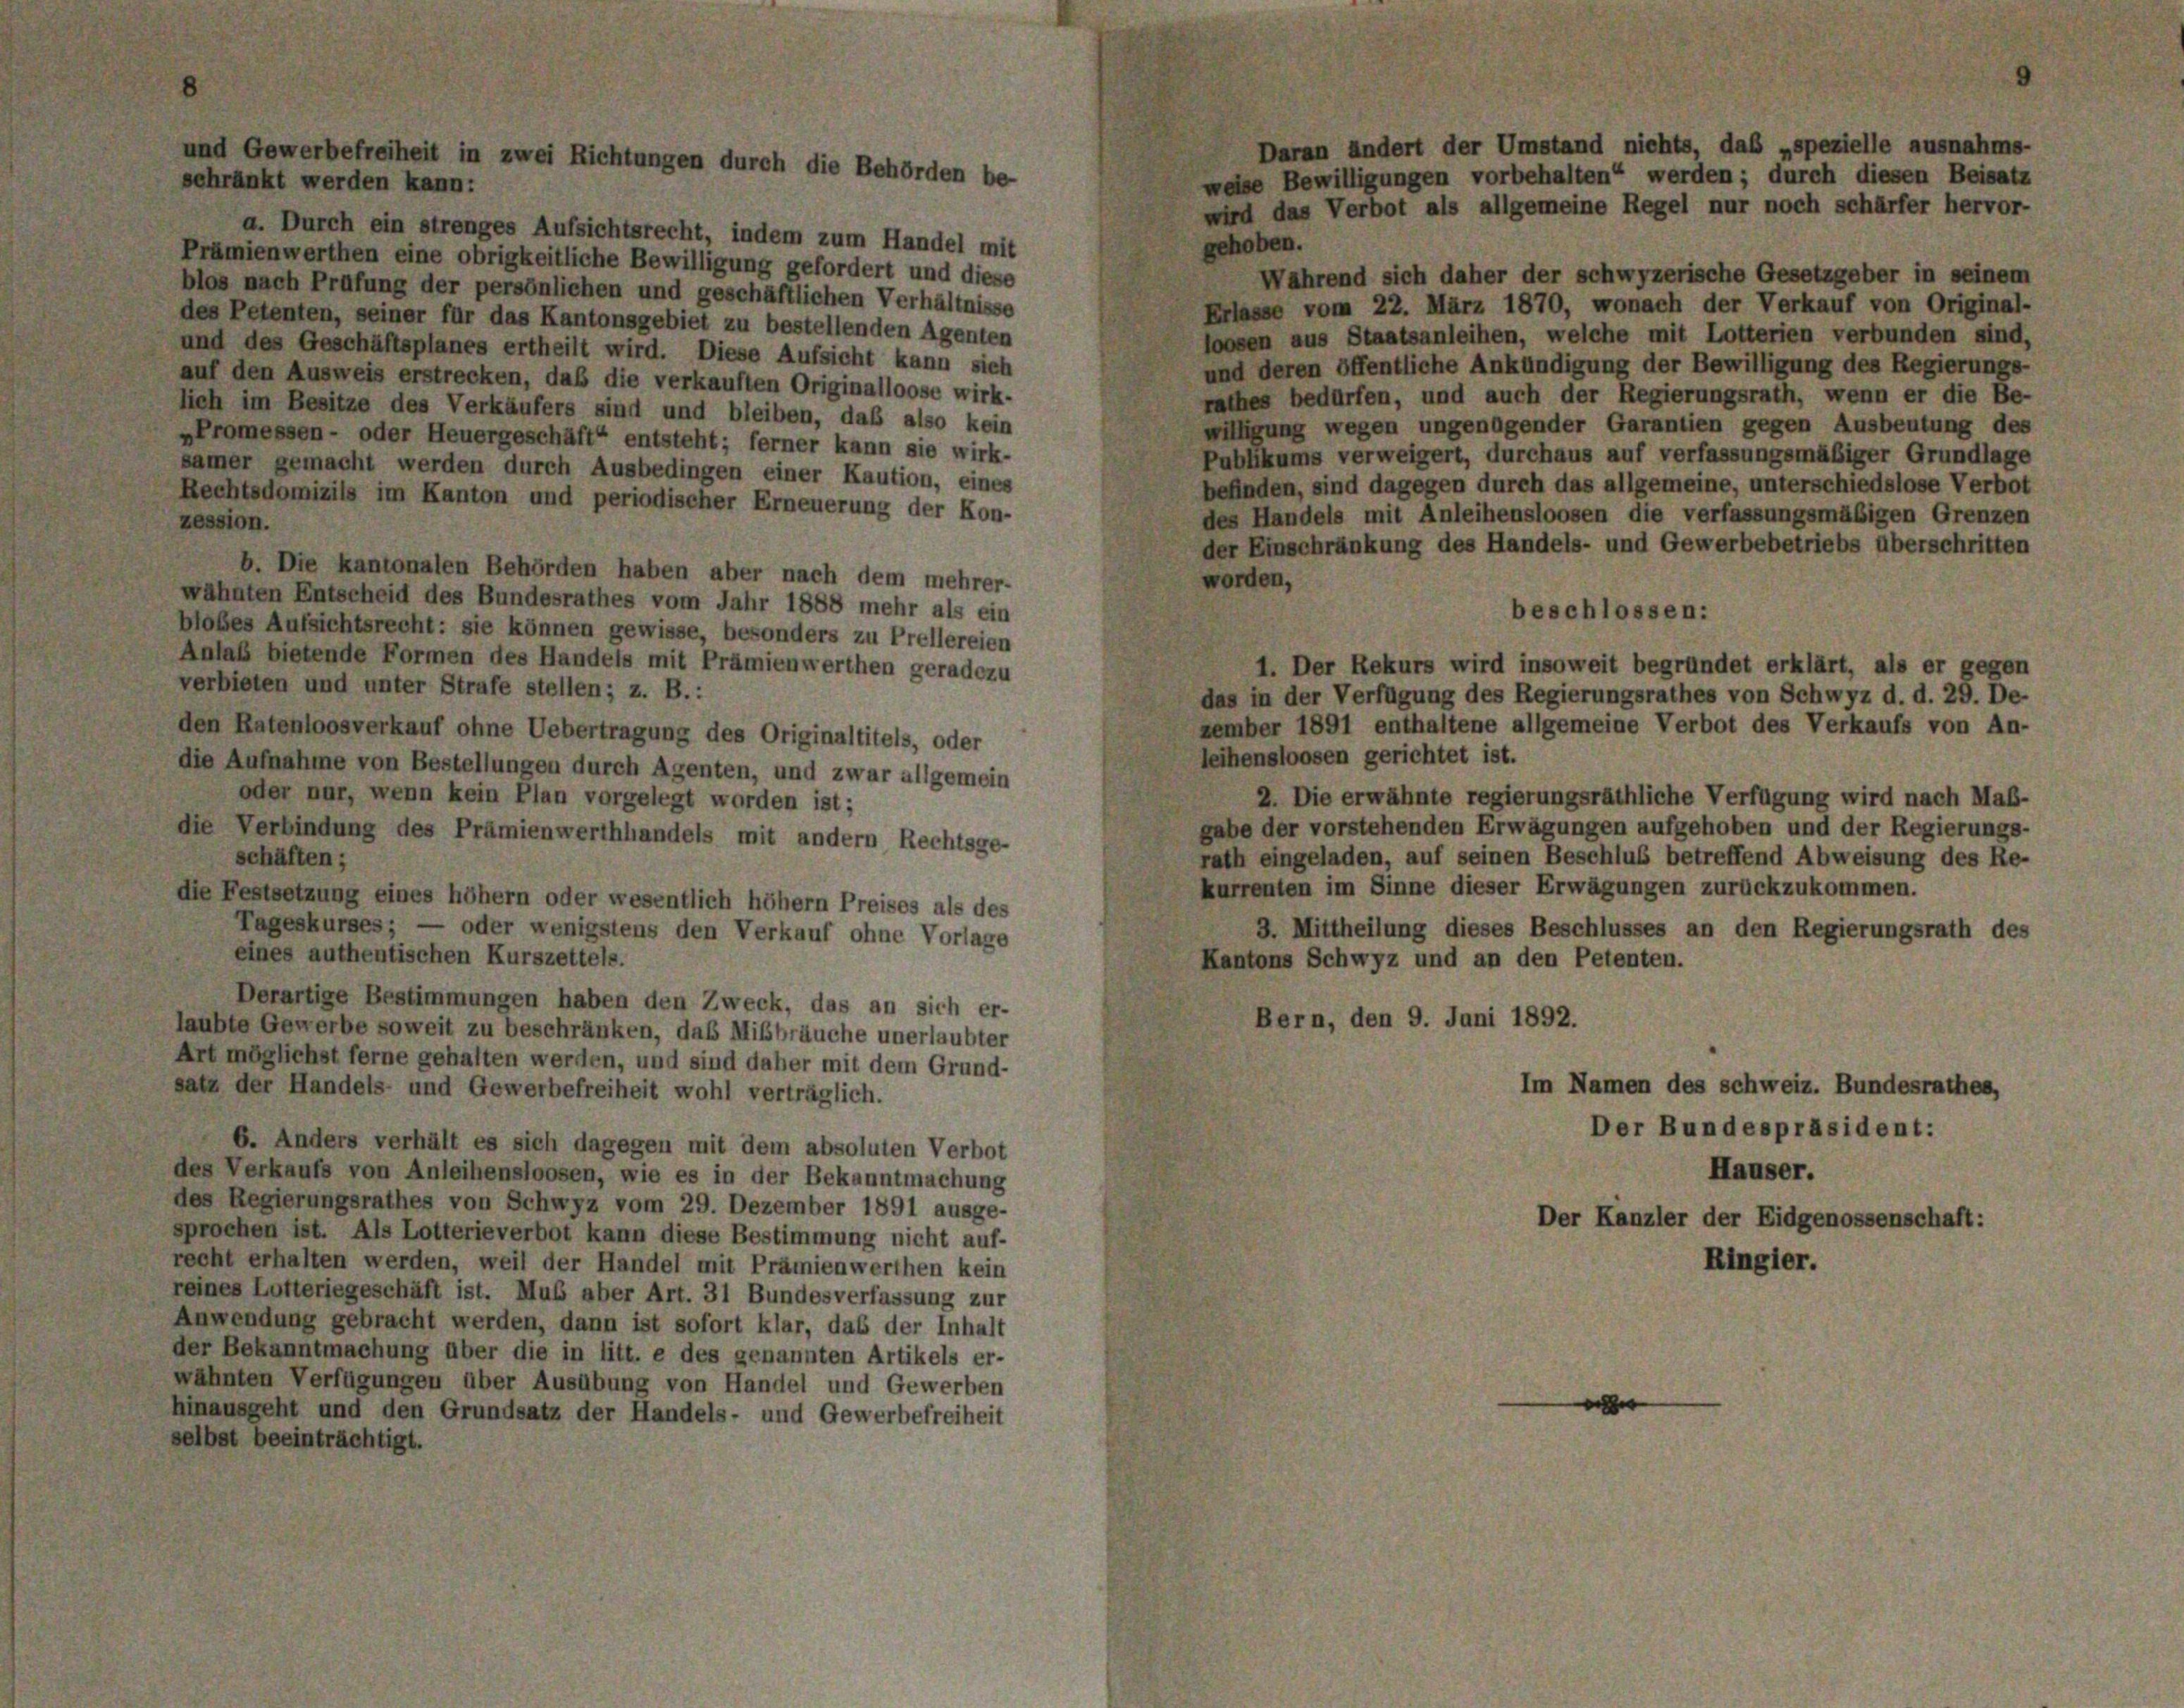
schränkt werden kann:
a. Durch ein strenges Aufsichtsrecht, indem zum Handel mit
gehoben.
Prämienwerthen eine obrigkeitliche Bewilligung gefordert und diese
Wahrend sich daher der schwyzerische Gesetzgeber in seinem
blos nach Prüfung der persönlichen und geschäftlichen Verhältnisse
Erlasse vom 22. März 1870, wonach der Verkauf von Original-
des Petenten, seiner für das Kantonsgebiet zu bestellenden Agenten
loosen aus Staatsanleihen, welche mit Lotterien verbunden sind,
und des Geschäftsplanes ertheilt wird. Diese Aufsicht kann sich
und deren öffentliche Ankündigung der Bewilligung des Regierungs-
auf den Ausweis erstrecken, daß die verkauften Originalloose wirk-
rathes bedürfen, und auch der Regierungsrath, wenn er die Be-
lich im Besitze des Verkäufers sind und bleiben, daß also kein
willigung wegen ungenügender Garantien gegen Ausbeutung des
»Promessen- oder Heuergeschäft“ entsteht; ferner kann sie wirk-
Publikums verweigert, durchaus auf verfassungsmäßiger Grundlage
samer gemacht werden durch Ausbedingen einer Kaution, eines
befinden, sind dagegen durch das allgemeine, unterschiedslose Verbot
Rechtsdomizils im Kanton und periodischer Erneuerung der Kon-
des Handels mit Anleihensloosen die verfassungsmäßigen Grenzen
zession.
der Einschränkung des Handels- und Gewerbebetriebs überschritten
b. Die kantonalen Behörden haben aber nach dem mehrer-
worden,
wähnten Entscheid des Bundesrathes vom Jahr 1888 mehr als ein
beschlossen:
blobes Aufsichtsrecht: sie können gewisse, besonders zu Prellereien
Anlaß bietende Formen des Handels mit Prämienwerthen geradezu
1. Der Rekurs wird insoweit begründet erklärt, als er gegen
verbieten und unter Strafe stellen; z. B.:
das in der Verfügung des Regierungsrathes von Schwyz d. d. 29. De-
zember 1891 enthaltene allgemeine Verbot des Verkaufs von An-
den Ratenloosverkauf ohne Uebertragung des Originaltitels, oder
leihensloosen gerichtet ist.
die Aufnahme von Bestellungen durch Agenten, und zwar allgemein
oder nur, wenn kein Plan vorgelegt worden ist;
2. Die erwähnte regierungsräthliche Verfügung wird nach Maß-
gabe der vorstehenden Erwägungen aufgehoben und der Regierungs-
die Verbindung des Prämienwerthhandels mit andern Rechtsge-
schäften;
rath eingeladen, auf seinen Beschluß betreffend Abweisung des Re-
kurrenten im Sinne dieser Erwägungen zurückzukommen.
die Festsetzung eines höher oder wesentlich höher Preises als des
3. Mittheilung dieses Beschlusses an den Regierungsrath des
Tageskurses; — oder wenigstens den Verkauf ohne Vorlage
eines authentischen Kurszettels.
Kantons Schwyz und an den Petenten.
Derartige Bestimmungen haben den Zweck, das an sich er-
Bern, den 9. Juni 1892.
laubte Gewerbe soweit zu beschränken, das Mißbräuche unerlaubter
Art möglichst ferne gehalten werden, und sind daher mit dem Grund-
Im Namen des schweiz. Bundesrathes,
satz der Handels- und Gewerbefreiheit wohl verträglich.
Der Bundespräsident:
6. Anders verhält es sich dagegen mit dem absoluten Verbot
Hauser.
des Verkaufs von Anleihensloosen, wie es in der Bekanntmachung
des Regierungsrathes von Schwyz vom 29. Dezember 1891 ausge-
Der Kanzler der Eidgenossenschaft:
sprochen ist. Als Lotterieverbot kann diese Bestimmung nicht auf-
recht erhalten werden, weil der Handel mit Prämienwerthen kein
Ringler.
reines Lotteriegeschäft ist. Muß aber Art. 31 Bundesverfassung zur
Anwendung gebracht werden, dann ist sofort klar, das der Inhalt
der Bekanntmachung über die in litt. e des genannten Artikels er-
wähnten Verfügungen über Ausübung von Handel und Gewerben
hinausgeht und den Grundsatz der Handels- und Gewerbefreiheit
selbst beeinträchtigt.

und Gewerbefreiheit in zwei Richtungen durch die Behörden be-

weise Bewilligungen vorbehalten“ werden; durch diesen Beisatz
wird das Verbot als allgemeine Regel nur noch schärfer hervor-

Daran ändert der Umstand nichts, das „spezielle ausnahms-